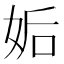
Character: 姤